Riigikantselei, lk 97
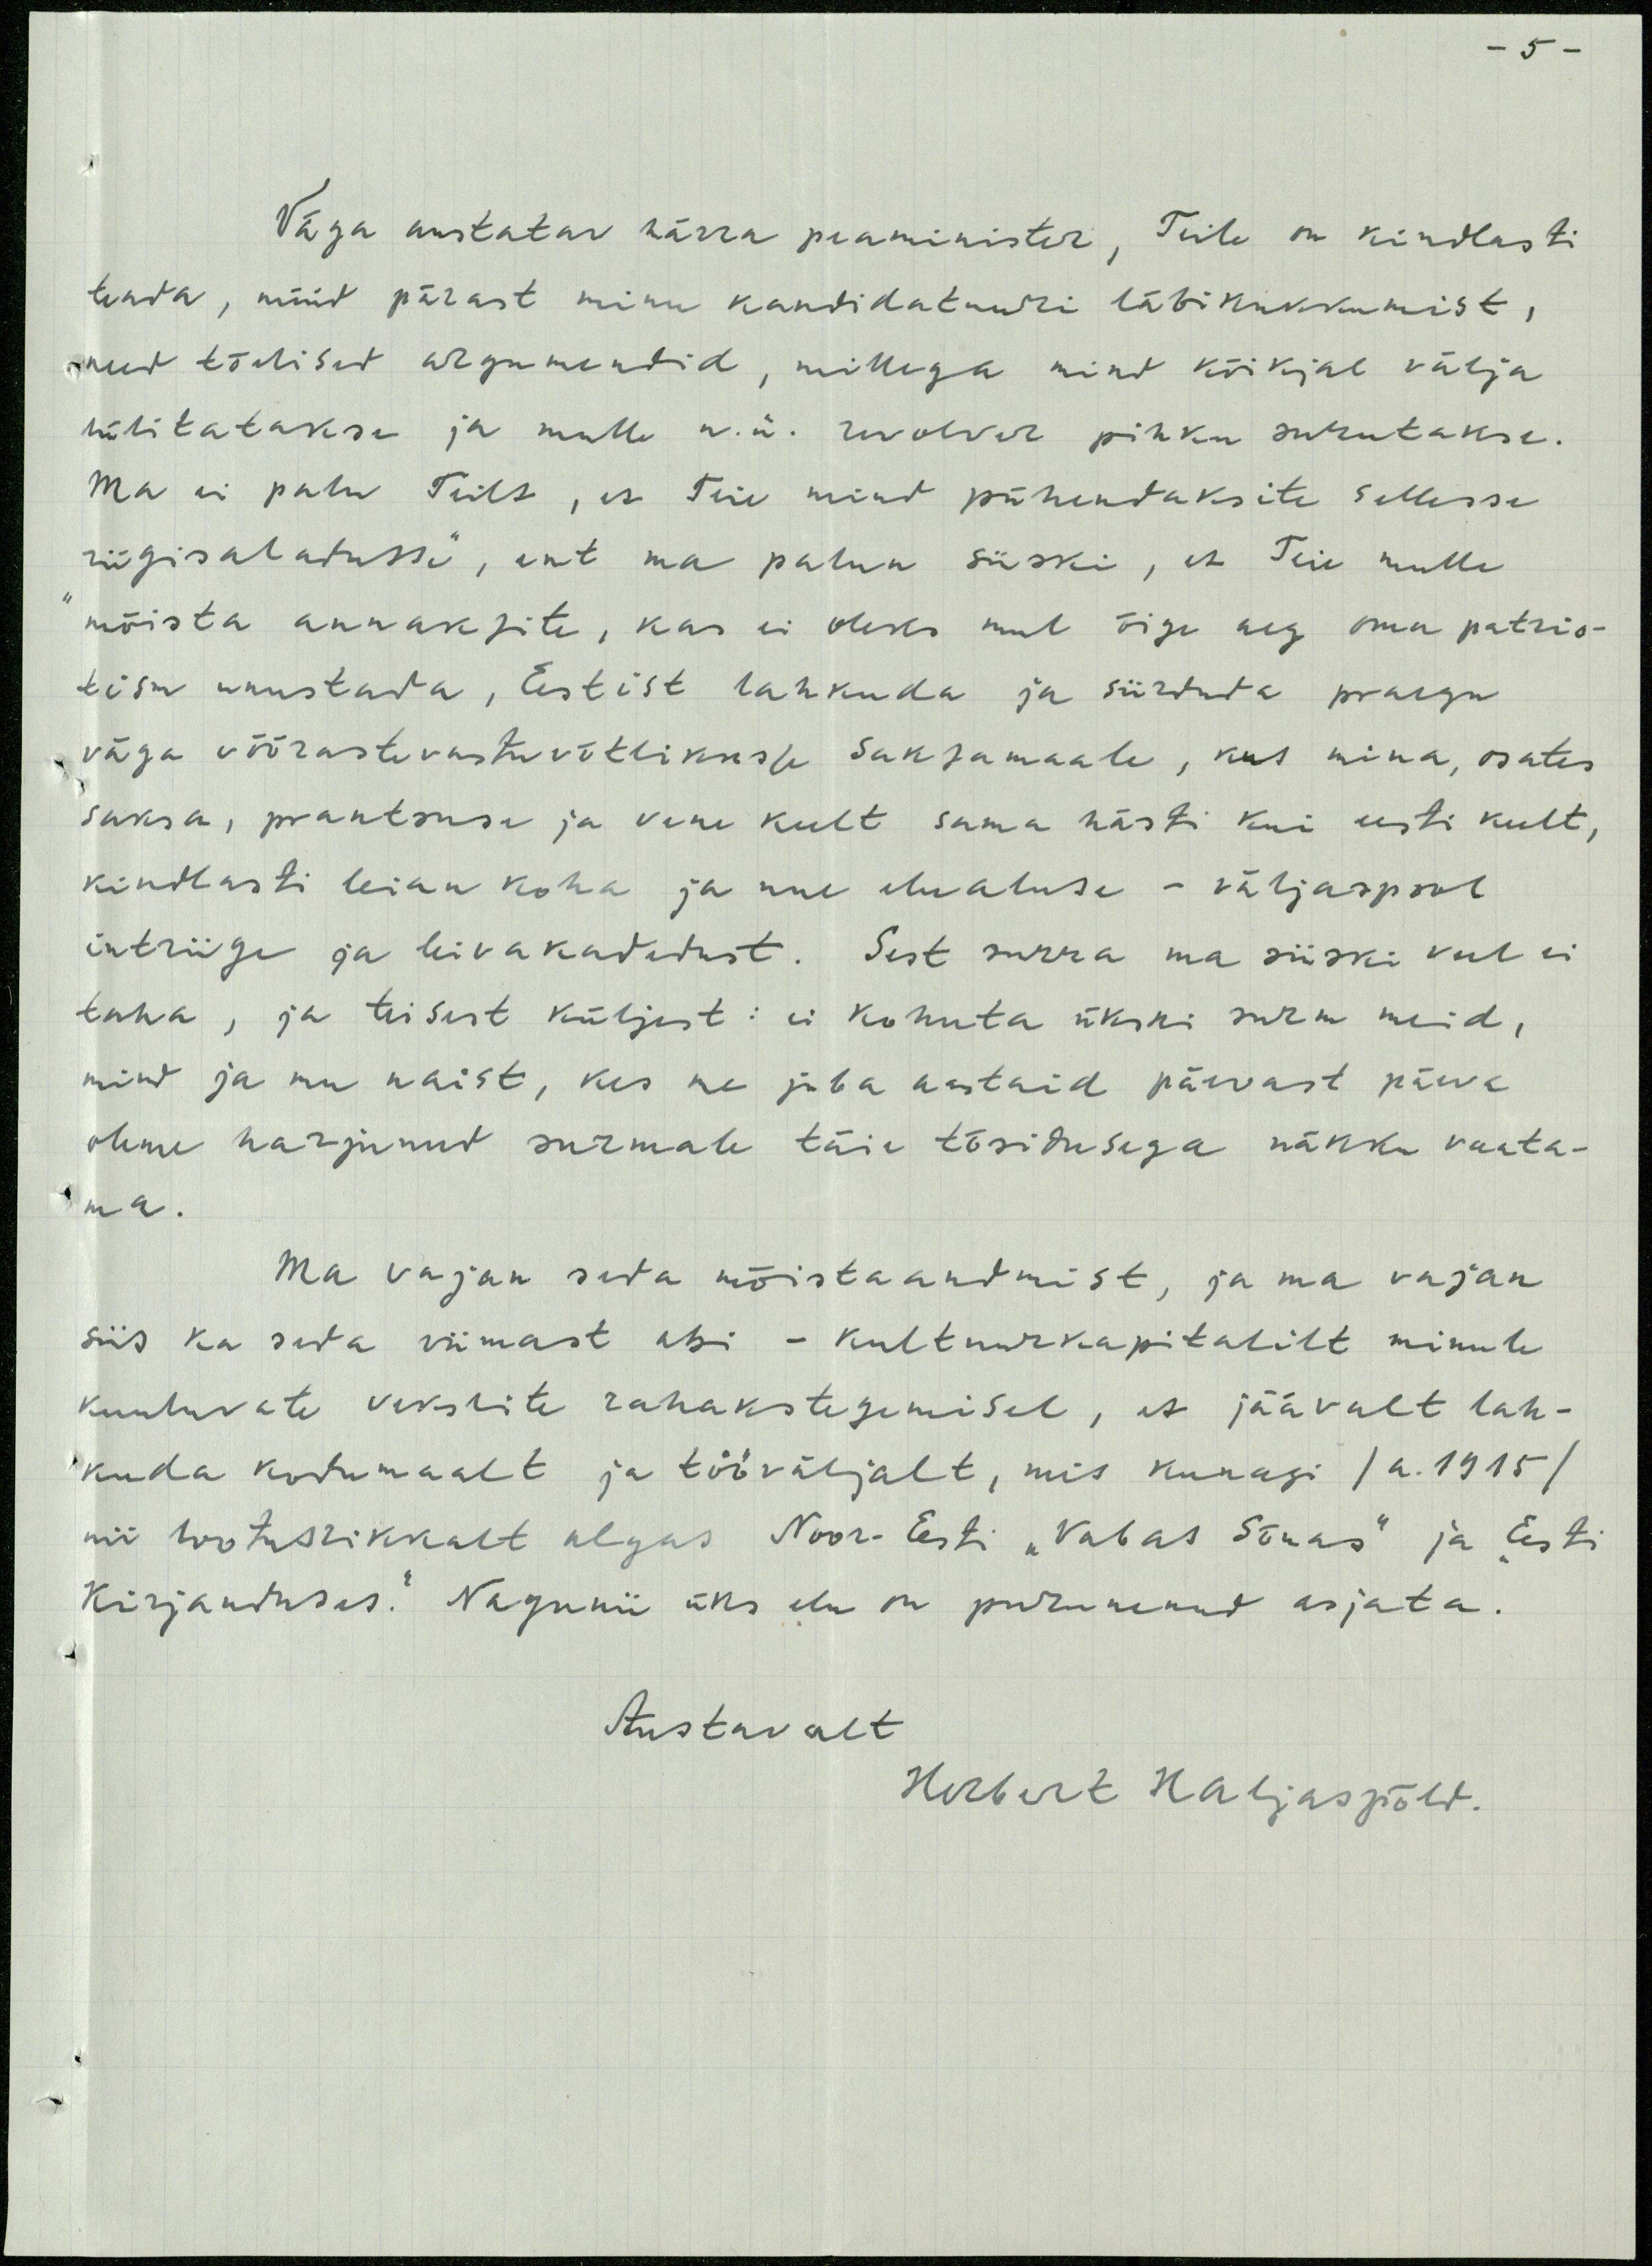
Väga austatav härra peaminister, Teile on kindlasti
teada, nüüd pärast minu kandidatuuri läbikukkumist,
need tõelised argumendid, millega mind kõikjal välja
tülitatakse ja mull n.ü. revolver pihku surutakse.
Ma ei palu Teilt, et teie mind pühendaksite sellesse
riigisaladusse, ent ma palun siiski, et Teie mulle
mõista annaksite, kas ei oleks mul õige aeg oma patri-
otism unustada, Eestist lahkuda ja siirduda praegu
väga võõrastevastuvõtlikusse Saksamaale, kus mina, osates
saksa, prantsuse ja vene keelt sama hästi kui eesti keelt,
kindlasti leian koha ja uue elualuse - väljaspool
intriigi ja leivakadetust. Sest surra ma siiski veel ei
taha, ja teisest küljest: ei kohuta ükski surm meid,
mind ja mu naist, kes me juba aastaid päevast päeva
ohme harjunud surmale täie tõsidusega näkk vaata-
ma.
Ma vajan seda mõistaandmist, ja ma vajan
siis ka seda viimast abi - kultuurkapitalilt minule
kuuluvate vekslite rahakstegemisel, et jäävalt lah-
kuda kodumaalt ja tööväljalt, mis kunagi /a.1915/
nii lootusrikkalt algas Noor-Eesti "Vabas Sõnas" ja "Eesti
kirjanduses." Naguni üks elu on purunenud asjata.
Austavalt
Herbert Haljaspõld.